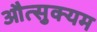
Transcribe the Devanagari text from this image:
औत्सुक्यम